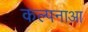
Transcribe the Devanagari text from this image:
कल्पनाआ